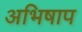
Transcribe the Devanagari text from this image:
अभिषाप